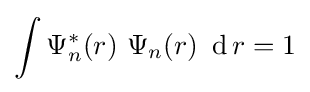
\int \Psi _{n}^{*}(r)\ \Psi _{n}(r)\ \operatorname {d} r=1